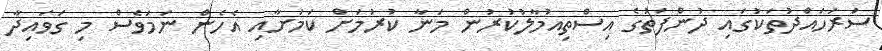
ސަރަހައްދުތަކުގައި ދުންފަތުގެ އިސްތިއުމާލުކުރުން މަނާ ކުރުމަށް ކަމަށާއި އެހެން ނަމަވެސް މި ގަވައިދާ